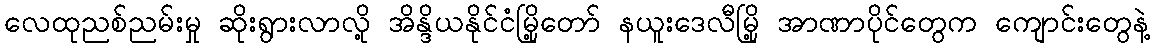
လေထုညစ်ညမ်းမှု ဆိုးရွားလာလို့ အိန္ဒိယနိုင်ငံမြို့တော် နယူးဒေလီမြို့ အာဏာပိုင်တွေက ကျောင်းတွေနဲ့